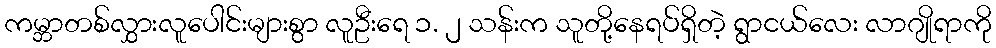
ကမ္ဘာတစ်လွှားလူပေါင်းများစွာ လူဦးရေ ၁. ၂ သန်းက သူတို့နေရပ်ရှိတဲ့ ရွာငယ်လေး လာဂျိုရာကို